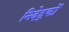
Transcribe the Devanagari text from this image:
निदेह्कों